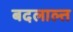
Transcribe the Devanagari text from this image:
बदलाल्त